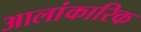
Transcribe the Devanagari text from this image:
आलांकारिक